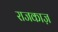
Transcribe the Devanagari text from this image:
राजकाज़